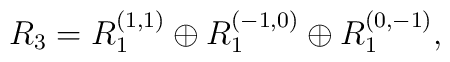
R_3 = R_1^{(1,1)}\oplus R_1^{(-1,0)}\oplus R_1^{(0,-1)},